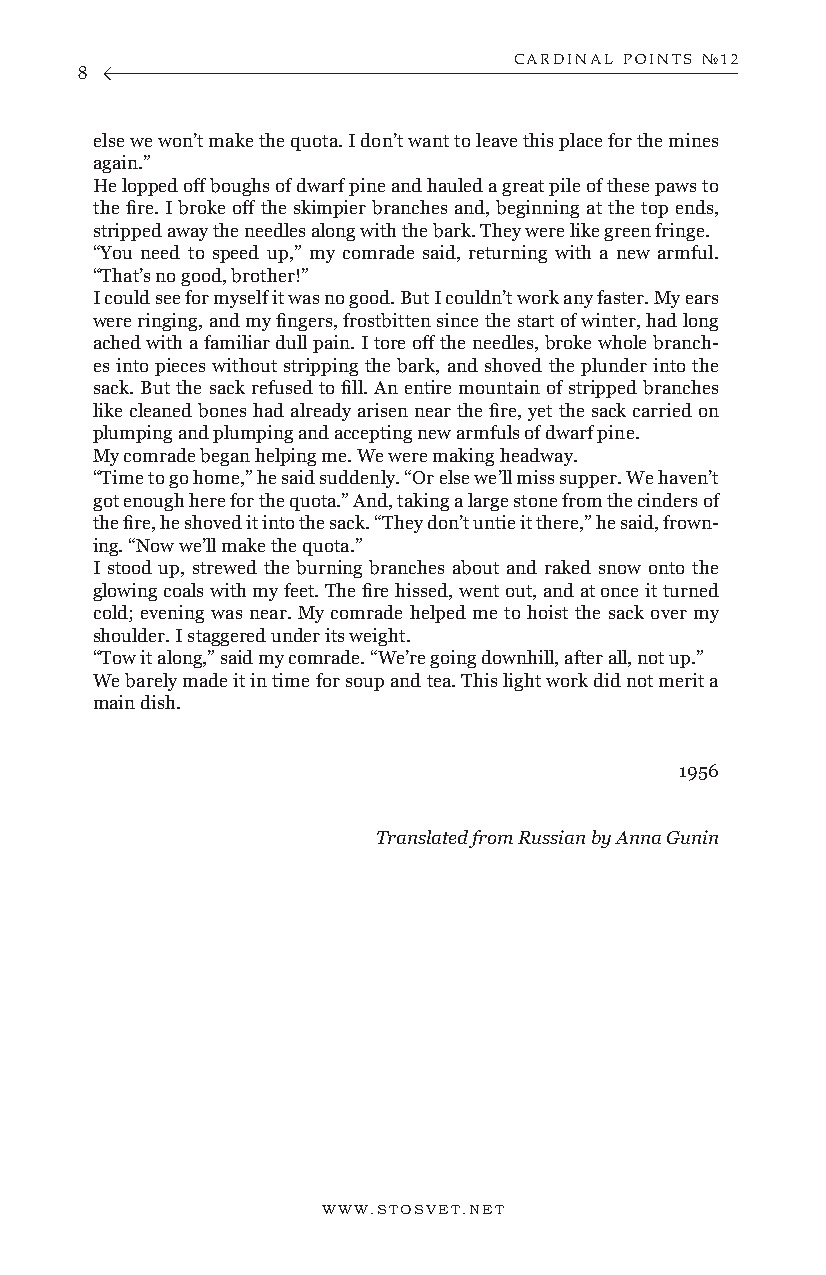
CARDINAL POINTS №12
 8
 else we won’t make the quota. I don’t want to leave this place for the mines
 again.”
 He lopped off boughs of dwarf pine and hauled a great pile of these paws to
 the fire. I broke off the skimpier branches and, beginning at the top ends,
 stripped away the needles along with the bark. They were like green fringe.
 “You need to speed up,” my comrade said, returning with a new armful.
 “That’s no good, brother!”
 I could see for myself it was no good. But I couldn’t work any faster. My ears
 were ringing, and my fingers, frostbitten since the start of winter, had long
 ached with a familiar dull pain. I tore off the needles, broke whole branch-
 es into pieces without stripping the bark, and shoved the plunder into the
 sack. But the sack refused to fill. An entire mountain of stripped branches
 like cleaned bones had already arisen near the fire, yet the sack carried on
 plumping and plumping and accepting new armfuls of dwarf pine.
 My comrade began helping me. We were making headway.
 “Time to go home,” he said suddenly. “Or else we’ll miss supper. We haven’t
 got enough here for the quota.” And, taking a large stone from the cinders of
 the fire, he shoved it into the sack. “They don’t untie it there,” he said, frown-
 ing. “Now we’ll make the quota.”
 I stood up, strewed the burning branches about and raked snow onto the
 glowing coals with my feet. The fire hissed, went out, and at once it turned
 cold; evening was near. My comrade helped me to hoist the sack over my
 shoulder. I staggered under its weight.
 “Tow it along,” said my comrade. “We’re going downhill, after all, not up.”
 We barely made it in time for soup and tea. This light work did not merit a
 main dish.
 1956
 Translated from Russian by Anna Gunin
 WWW.STOSVET.NET                                        WWW.STOSVET.NET